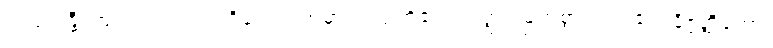
သံသရန္တီ၊ ကျင်လည်သည် ရှိသော်။ အမှာကံ၊ ငါတို့၏။ သတ္ထု၊ မြတ်စွာဘုရား၏။ နိဗ္ဗတ္တိတော၊